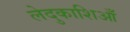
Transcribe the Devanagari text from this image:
लेदुकाशिआँ